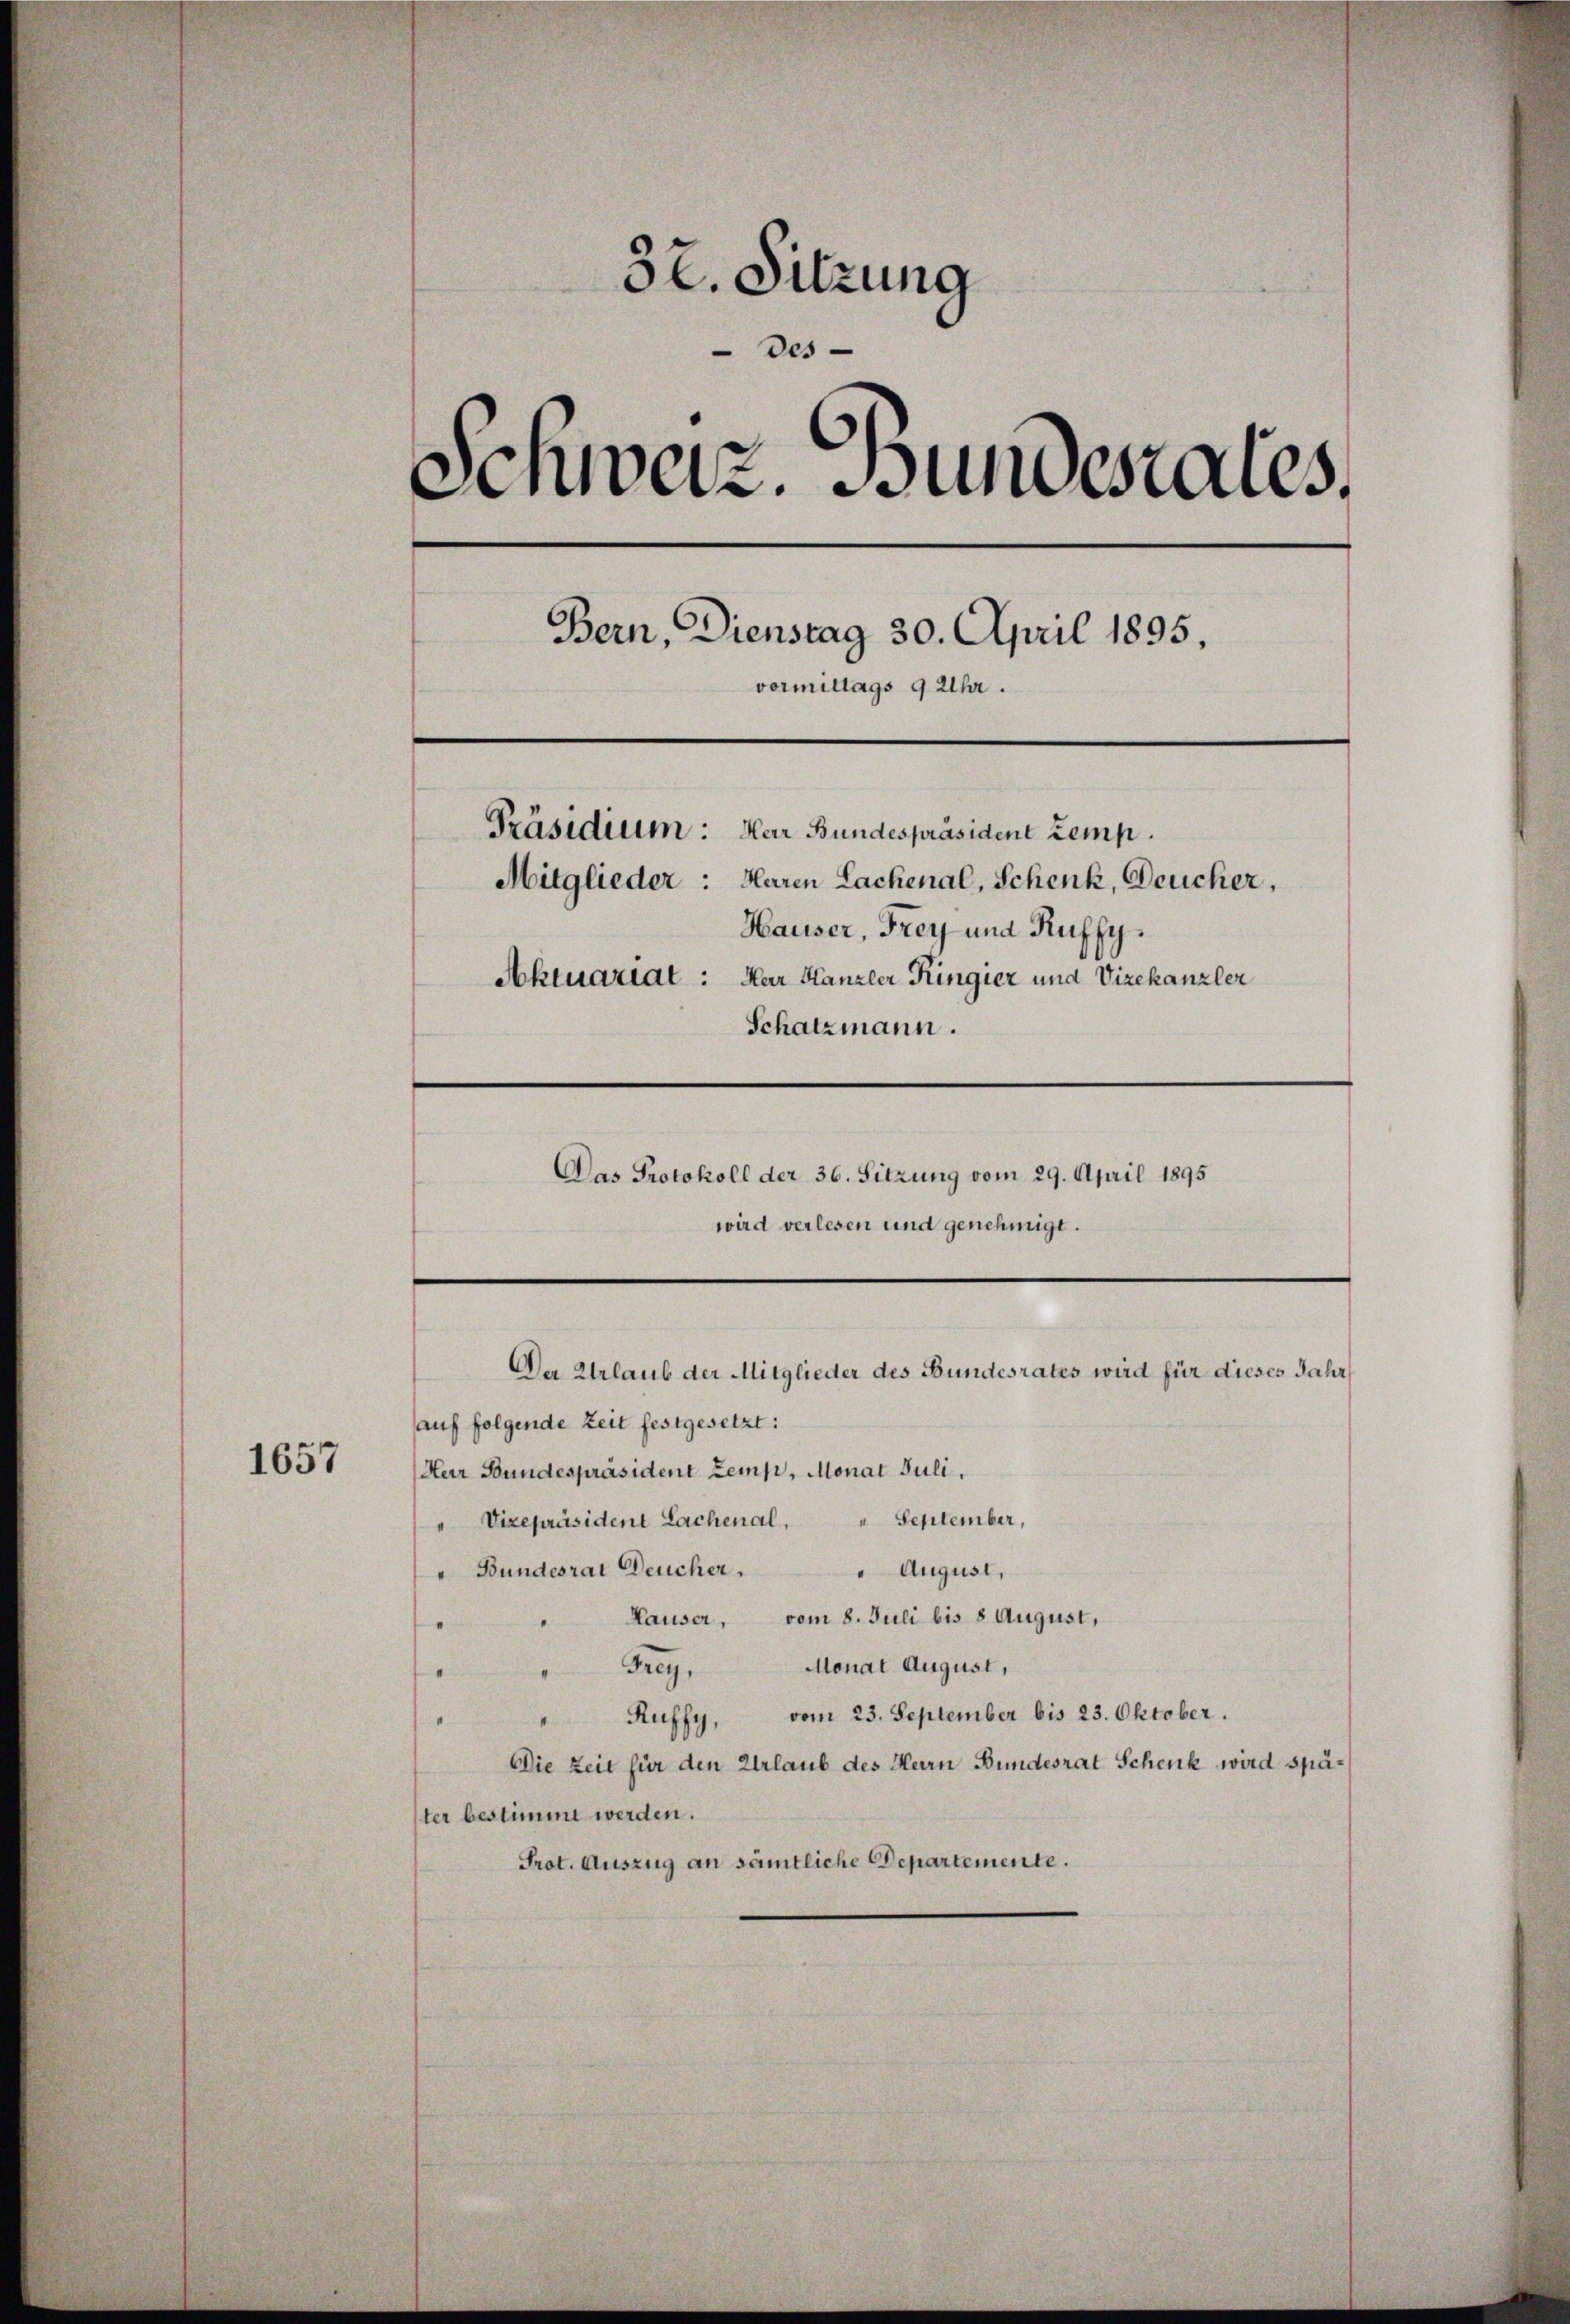
1657

32. Sitzung
des
Schweiz. Bundesrates.
Bern, Dienstag 30. April 1895.
vormittags 9 Uhr.
Präsidium: Herr Bundespräsident temp
Mitglieder: Maren Lachenal, Schenk, Deucher,
Hauser, Frey und Kuffy¬
Aktuariat : Har Kanzler Ringier und Vizekanzler
Schatzmann.
Das Protokoll der 36. Sitzung vom 29. April 1895
wird verlesen und genehmigt.

Herr Bundespräsident Zemp, Monat Juli,
" Vizepräsident Lachenal, " September,
" August,
"Bundesrat Deucher.
Hauser, vom 8. Juli bis 8 August,
Monat August,
Sg
Ruffy, vom 23. September bis 23. Oktober.
Die Zeit für den Urlaub des Herrn Bundesrat Schenk wird später bestimmt werden.
Prot. Auszug an sämtliche Departemente.

Der Urlaub der Mitglieder des Bundesrates wird für dieses Jahr
auf folgende Zeit festgesetzt: